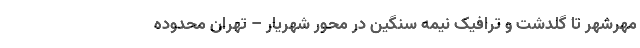
مهرشهر تا گلدشت و ترافیک نیمه سنگین در محور شهریار – تهران محدوده